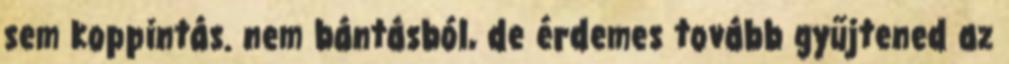
sem koppintás. nem bántásból, de érdemes tovább gyűjtened az